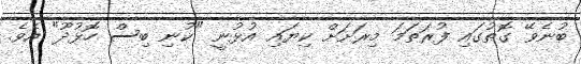
ބުނެވޭ ގޮތުގައި ފުރަތަމަ މިރަށަށް ކިޔައި އުޅުނީ "ކުނި ބިސް ހޮޅުދޫ" އެވެ.